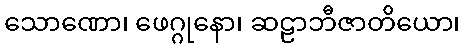
သောဏော၊ ဖေဂ္ဂုနော၊ ဆဠာဘီဇာတိယော၊